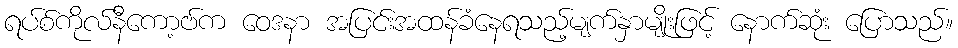
ရပ်စ်ကိုလ်နီကော့ဗ်က ဝေဒနာ အပြင်းအထန်ခံနေရသည့်မျက်နှာမျိုးဖြင့် နောက်ဆုံး ပြောသည်။